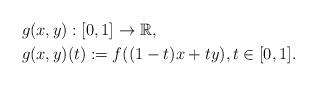
LaTeX: \begin{align*}&g(x, y) : [0, 1] \rightarrow \mathbb{R},\\&g(x, y)(t) := f((1 - t)x + ty), t \in [0, 1].\end{align*}